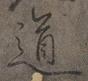
道